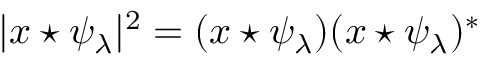
| x \star \psi _ { \lambda } | ^ { 2 } = ( x \star \psi _ { \lambda } ) ( x \star \psi _ { \lambda } ) ^ { * }